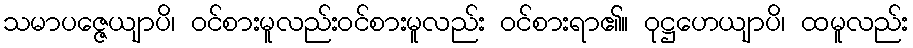
သမာပဇ္ဇေယျာပိ၊ ဝင်စားမူလည်းဝင်စားမူလည်း ဝင်စားရာ၏။ ဝုဋ္ဌဟေယျာပိ၊ ထမူလည်း